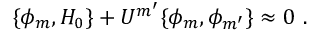
\{ \phi _ { m } , H _ { 0 } \} + { \cal U } ^ { m ^ { \prime } } \{ \phi _ { m } , \phi _ { m ^ { \prime } } \} \approx 0 \ .